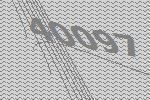
40097